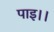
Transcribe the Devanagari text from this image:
पाइ।।